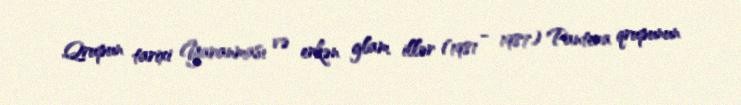
Qrupun tarixi Yaranması və erkən glam illər (1981 - 1987) Pantera qrupunun